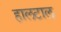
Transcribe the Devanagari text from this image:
हालटाल